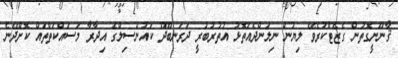
ޤާނޫނީގޮތުން ގެޒެޓްކުރެވޭ ލިޔުން ނިލަންދެއަތޮޅު އުތުރުބުރީ ދަރަނބޫދޫ ކައުންސިލްގެ އިދާރާ މަސައްކަތްތައް ކޮށްދޭނެ